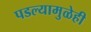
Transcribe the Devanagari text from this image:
पडल्यामुळेही